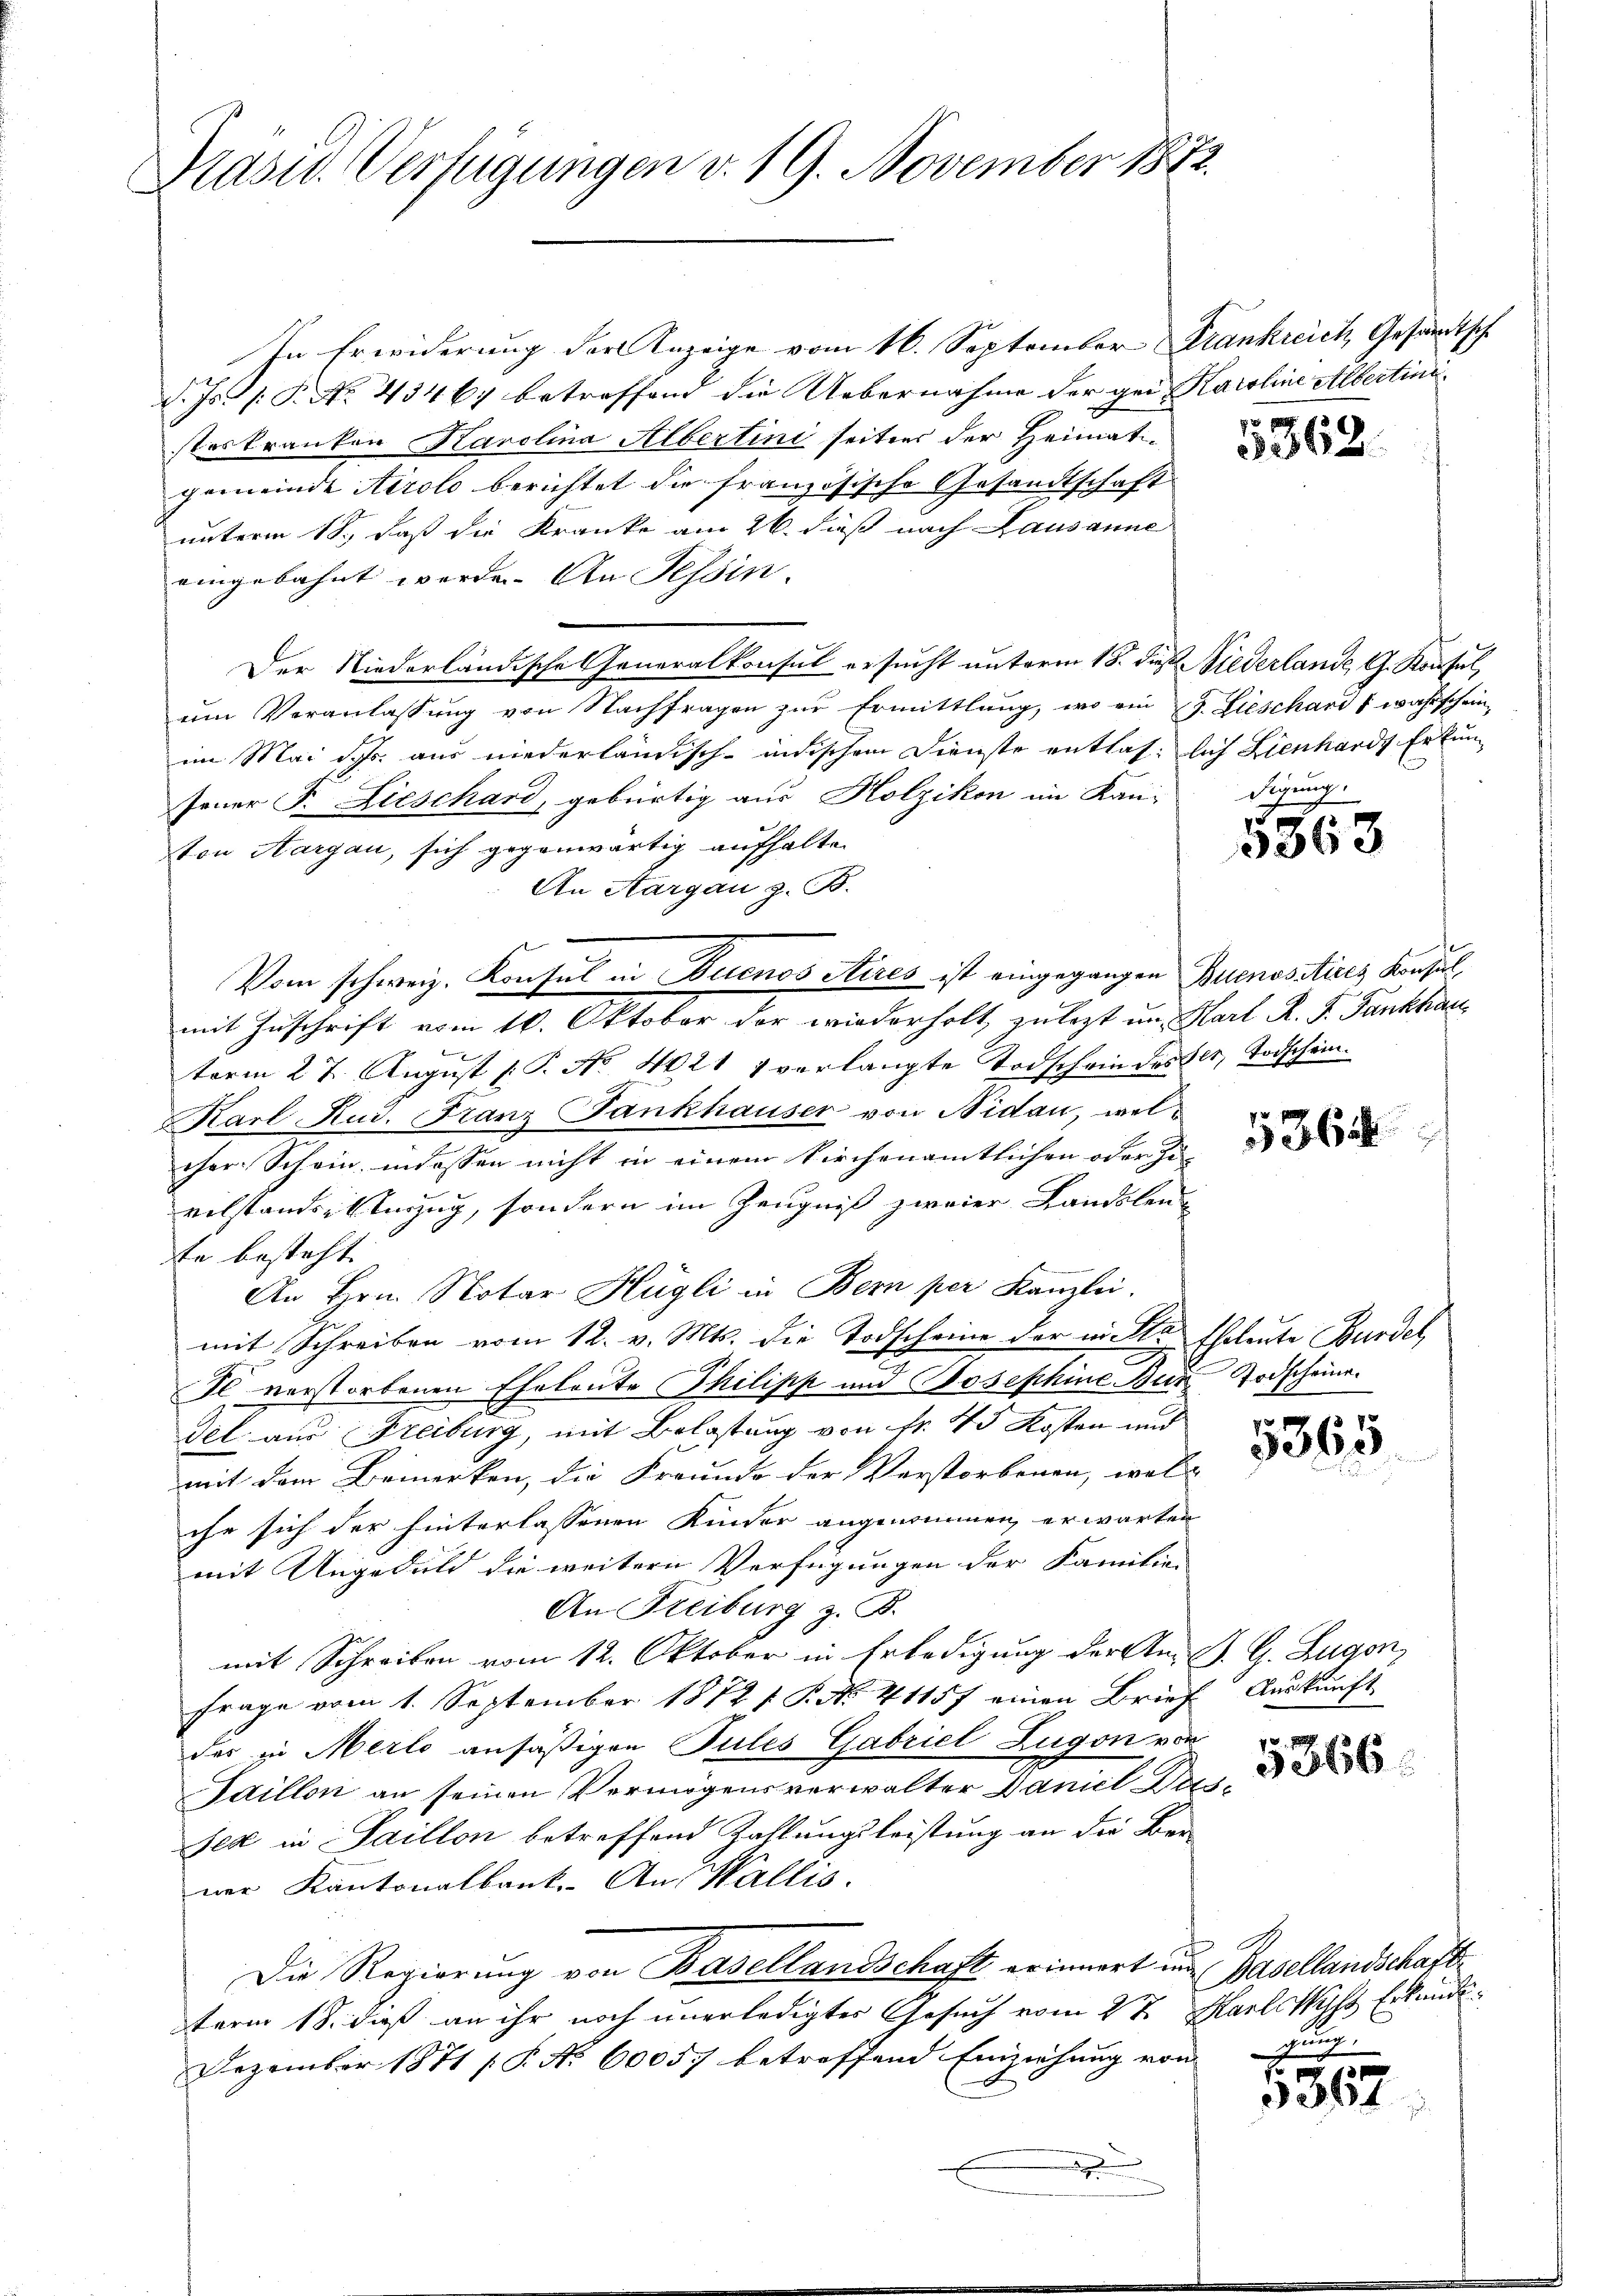
Prasw. Verfügungen v. 19. November 1872.

In Erwiderung der Anzeige vom 16. September Frankreich, Gesandtsche
d. Js. 1. P. Nr. 43467 betreffend die Uebernahme der gei Karoline Albertinisteskranken Karolina Albertini seitens der Heimatigemeinde Airolo berichtet die französische Gesandtschaft
unterm 18. daß die Kranke am 26. daß nach Lausanne
eingebahnt werde. An Tessin.
Der Niederländische Generalkonsul ersucht unterm 18. die Niederlande G. Konsul
eim Veranlassung von Nachfragen zur Ermittlung, wo ein 17. Lieschard (wahrschein,
im Mai dchs aus niederländisch-indischem Dienste entlas, lich Lienhards Erkunfener F. Lieschard, gebürtig aus Holzikon im Kan-
ton Aargau, sich gegenwärtig aufhalten
An Aargau z. B.
mit Zuschrift vom 16. Oktober der wiederholt, zulezt um Hart R. F. Fankhau
term 27. Aŭgŭst [ P. No. 4021 7 verlangte Todschein desser, Todschein.
Karl Rud. Franz Fankhauser von Nidau, welcher Schein, inlassen nicht in einem Kirchenamtlichen oder Zu-
vilstandesterzug, sondern im Zeugniß zweier Landsleu-
te besteht.
An Hrn. Notar Hügli in Bern per Kanzlei.
mit Schreiben vom 12. v. Mts. die Todscheine der nichte Eheleute Bundel
Il verstorbenen Eheleute Philipp und Josephine Zur Todschein.
vel aus Freiburg, mit Belastung von Nr. 43 Kosten und
mit dem Bemerken, die Freundo der Verstorbenen, wel
che sich der hinterlassenen Kinder angenommen erwarten
mit Ungeduld die weitere Verfügungen der Familien |
An Freiburg z. B.
mit Schreiben vom 12. Oktober in Erledigung der An- J. G. Zugen,
Frage vom 1. September 1872 1 S. N. 41157 einen Brief Auskunft
des in Merlo ansäßigen Pules Gabriel Zugen vor
Saillon an seinen Vermögensverwalter Daniel Zussed in Saillon betreffend Zahlungsleistung an die Ber
ner Kantonalbank. An Wallis.
Die Regierung von Basellandschaft erinnert und Basellandschafts
term 18. dieß an ihr noch unerledigter Gesuch vom 2ten Karlskys Erkundi¬
Dezember 1871 / P. No 60057 betreffend Einziehung von

Vom schweiz. Konsul in Buenos Aires ist eingegangen Buenositires Konsul¬

1362.

digung.

5363

536.

5365

5366

gung

5367